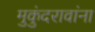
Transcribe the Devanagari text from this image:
मुकुंदरावांना